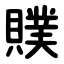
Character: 贌